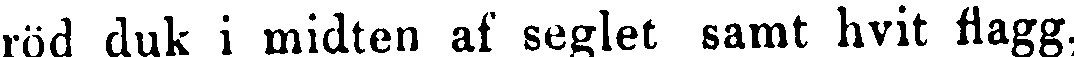
röd duk i midten af seglet samt hvit flagg.